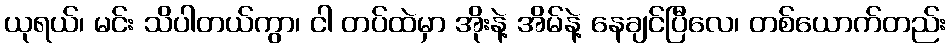
ယုရယ်၊ မင်း သိပါတယ်ကွာ၊ ငါ တပ်ထဲမှာ အိုးနဲ့ အိမ်နဲ့ နေချင်ပြီလေ၊ တစ်ယောက်တည်း